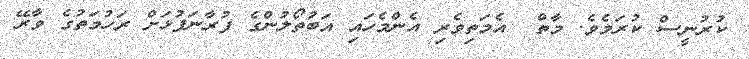
ކުރުނީސް ކުރަމެވެ. މާތް  އެމަތިވެރި އެންމެހައި އަބުތޯލުންގެ ފުރާނަފުޅަށް ރަހުމަތުގެ ވާރޭ